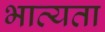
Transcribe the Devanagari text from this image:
भाव्‍यता